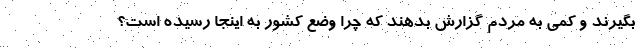
بگیرند و کمی به مردم گزارش بدهند که چرا وضع کشور به اینجا رسیده است؟